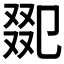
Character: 𠭋